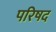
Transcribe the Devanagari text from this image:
परिषद